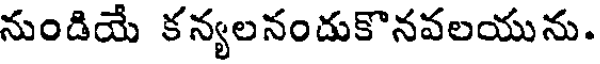
నుండియే కన్యలనందుకొనవలయును.